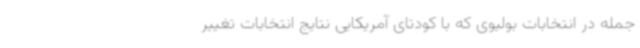
جمله در انتخابات بولیوی که با کودتای آمریکایی نتایج انتخابات تغییر